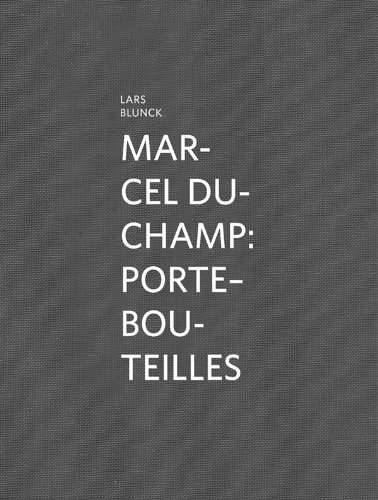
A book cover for Marcel Duchamp: Porte-bouteilles; Lars Blunck; Arts & Photography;